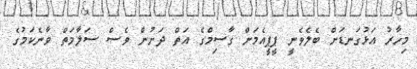
މިހާރު އަޅުގަނޑަށް ބެލެވެނީ ޕީޕީއެމަށް ގާސިމްގެ އަތް ދަށުން ވެސް ސަލާމަތް ވާނެކަމުގެ